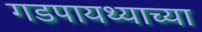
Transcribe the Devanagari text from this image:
गडपायथ्याच्या